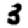
Digit: 3